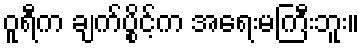
ဝူရီက ချက်ပွိုင့်က အရေးမကြီးဘူး။